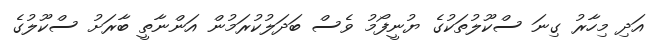
އަދި މިހާރު ގިނަ ސްކޫލުތަކުގެ ޔުނީފޯމު ވެސް ބަދަލުކުރަމުން އަންނާތީ ބާރަށު ސްކޫލުގެ